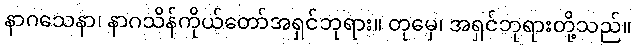
နာဂသေနာ၊ နာဂသိန်ကိုယ်တော်အရှင်ဘုရား။ တုမှေ၊ အရှင်ဘုရားတို့သည်။